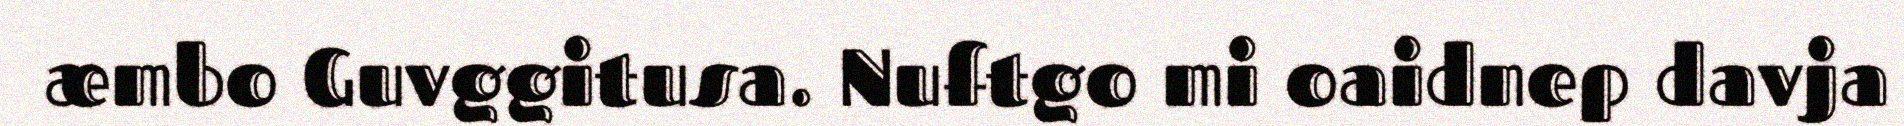
æmbo Guvggitusa. Nuftgo mi oaidnep davja